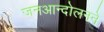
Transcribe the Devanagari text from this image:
जनआन्दोलनने